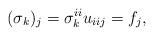
LaTeX: \begin{align*}(\sigma_k)_j=\sigma_k^{ii}u_{iij}=f_j,\end{align*}